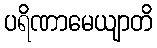
ပရိဏာမေယျာတိ